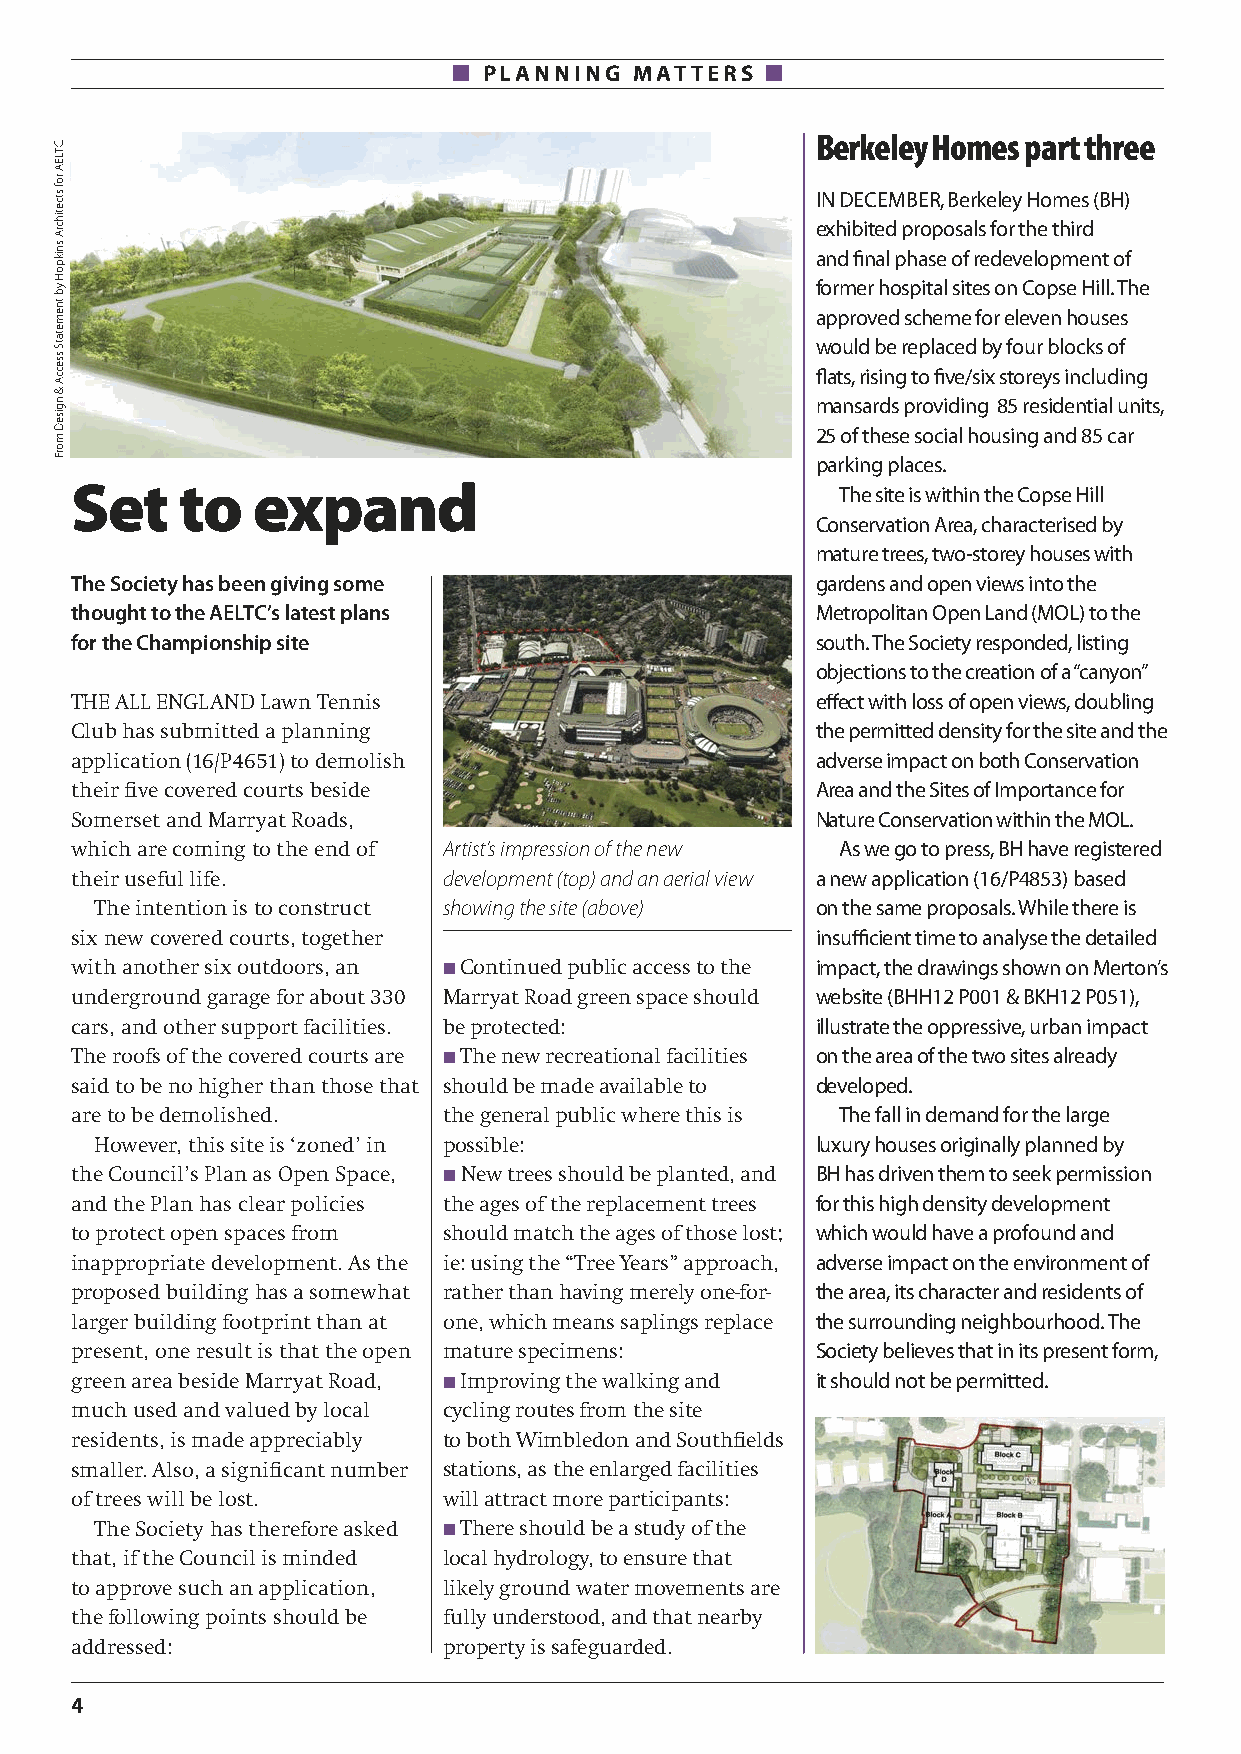
n PLANNING  MATTERS  n
 Berkeley Homes part three
 IN DECEMBER, Berkeley Homes (BH)
 exhibited proposals for the third
 and final phase of redevelopment of
 former hospital sites on Copse Hill. The
 approved scheme for eleven houses
 would be replaced by four blocks of
 flats, rising to five/six storeys including
 mansards providing 85 residential units,
 25 of these social housing and 85 car
 parking places.
 Set    to   expand                                 The site is within the Copse Hill
 Conservation Area, characterised by
 mature trees, two-storey houses with
 The Society has been giving some                 gardens and open views into the
 thought to the AELTC’s latest plans              Metropolitan Open Land (MOL) to the
 for the Championship site                        south. The Society responded, listing
 objections to the creation of a “canyon”
 THE ALL ENGLAND Lawn Tennis                      effect with loss of open views, doubling
 Club has submitted a planning                    the permitted density for the site and the
 application (16/P4651) to demolish               adverse impact on both Conservation
 their five covered courts beside                 Area and the Sites of Importance for
 Somerset and Marryat Roads,                      Nature Conservation within the MOL.
 which are coming to the end of Artist’s impression of the new As we go to press, BH have registered
 their useful life.      development (top) and an aerial view a new application (16/P4853) based
 The intention is to construct showing the site (above) on the same proposals. While there is
 six new covered courts, together                 insufficient time to analyse the detailed
 with another six outdoors, an n Continued public access to the impact, the drawings shown on Merton’s
 underground garage for about 330 Marryat Road green space should website (BHH12 P001 & BKH12 P051),
 cars, and other support facilities. be protected: illustrate the oppressive, urban impact
 The roofs of the covered courts are n The new recreational facilities on the area of the two sites already
 said to be no higher than those that should be made available to developed.
 are to be demolished.   the general public where this is The fall in demand for the large
 However, this site is ‘zoned’ in possible:      luxury houses originally planned by
 the Council’s Plan as Open Space, n New trees should be planted, and BH has driven them to seek permission
 and the Plan has clear policies the ages of the replacement trees for this high density development
 to protect open spaces from should match the ages of those lost; which would have a profound and
 inappropriate development. As the ie: using the “Tree Years” approach, adverse impact on the environment of
 proposed building has a somewhat rather than having merely one-for- the area, its character and residents of
 larger building footprint than at one, which means saplings replace the surrounding neighbourhood. The
 present, one result is that the open mature specimens: Society believes that in its present form,
 green area beside Marryat Road, n Improving the walking and it should not be permitted.
 much used and valued by local cycling routes from the site
 residents, is made appreciably to both Wimbledon and Southfields
 smaller. Also, a significant number stations, as the enlarged facilities
 of trees will be lost.  will attract more participants:
 The Society has therefore asked n There should be a study of the
 that, if the Council is minded local hydrology, to ensure that
 to approve such an application, likely ground water movements are
 the following points should be fully understood, and that nearby
 addressed:              property is safeguarded.
 4
 CTLEA
 rof
 stcetihcrA
 snikpoH
 yb
 tnemetatS
 sseccA
 &
 ngiseD
 morF